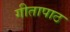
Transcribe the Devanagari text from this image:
गीतापाठ